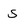
Character: s